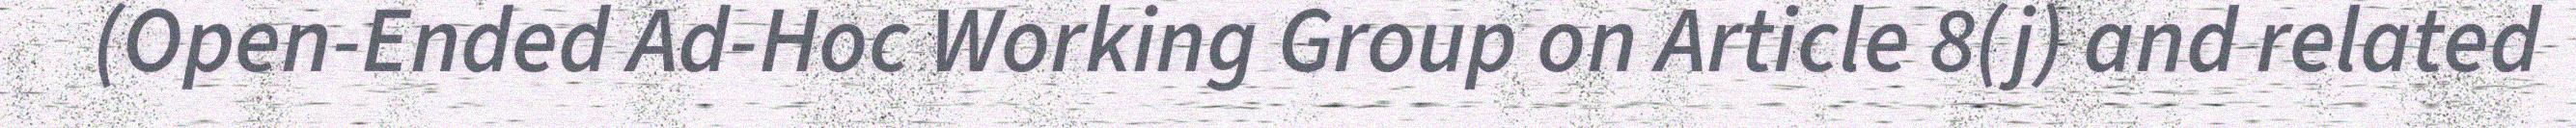
(Open-Ended Ad-Hoc Working Group on Article 8(j) and related